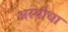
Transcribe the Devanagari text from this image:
अस्थींचा